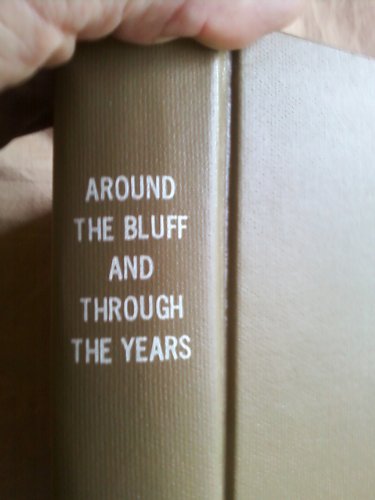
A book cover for Around The Bluff And Through The Years: An Informal History of Greenland Township; Elma Lukkarila et al. Pamela Koivisto; History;